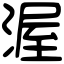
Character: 渥